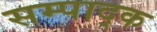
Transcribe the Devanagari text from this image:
सम्पाद्क